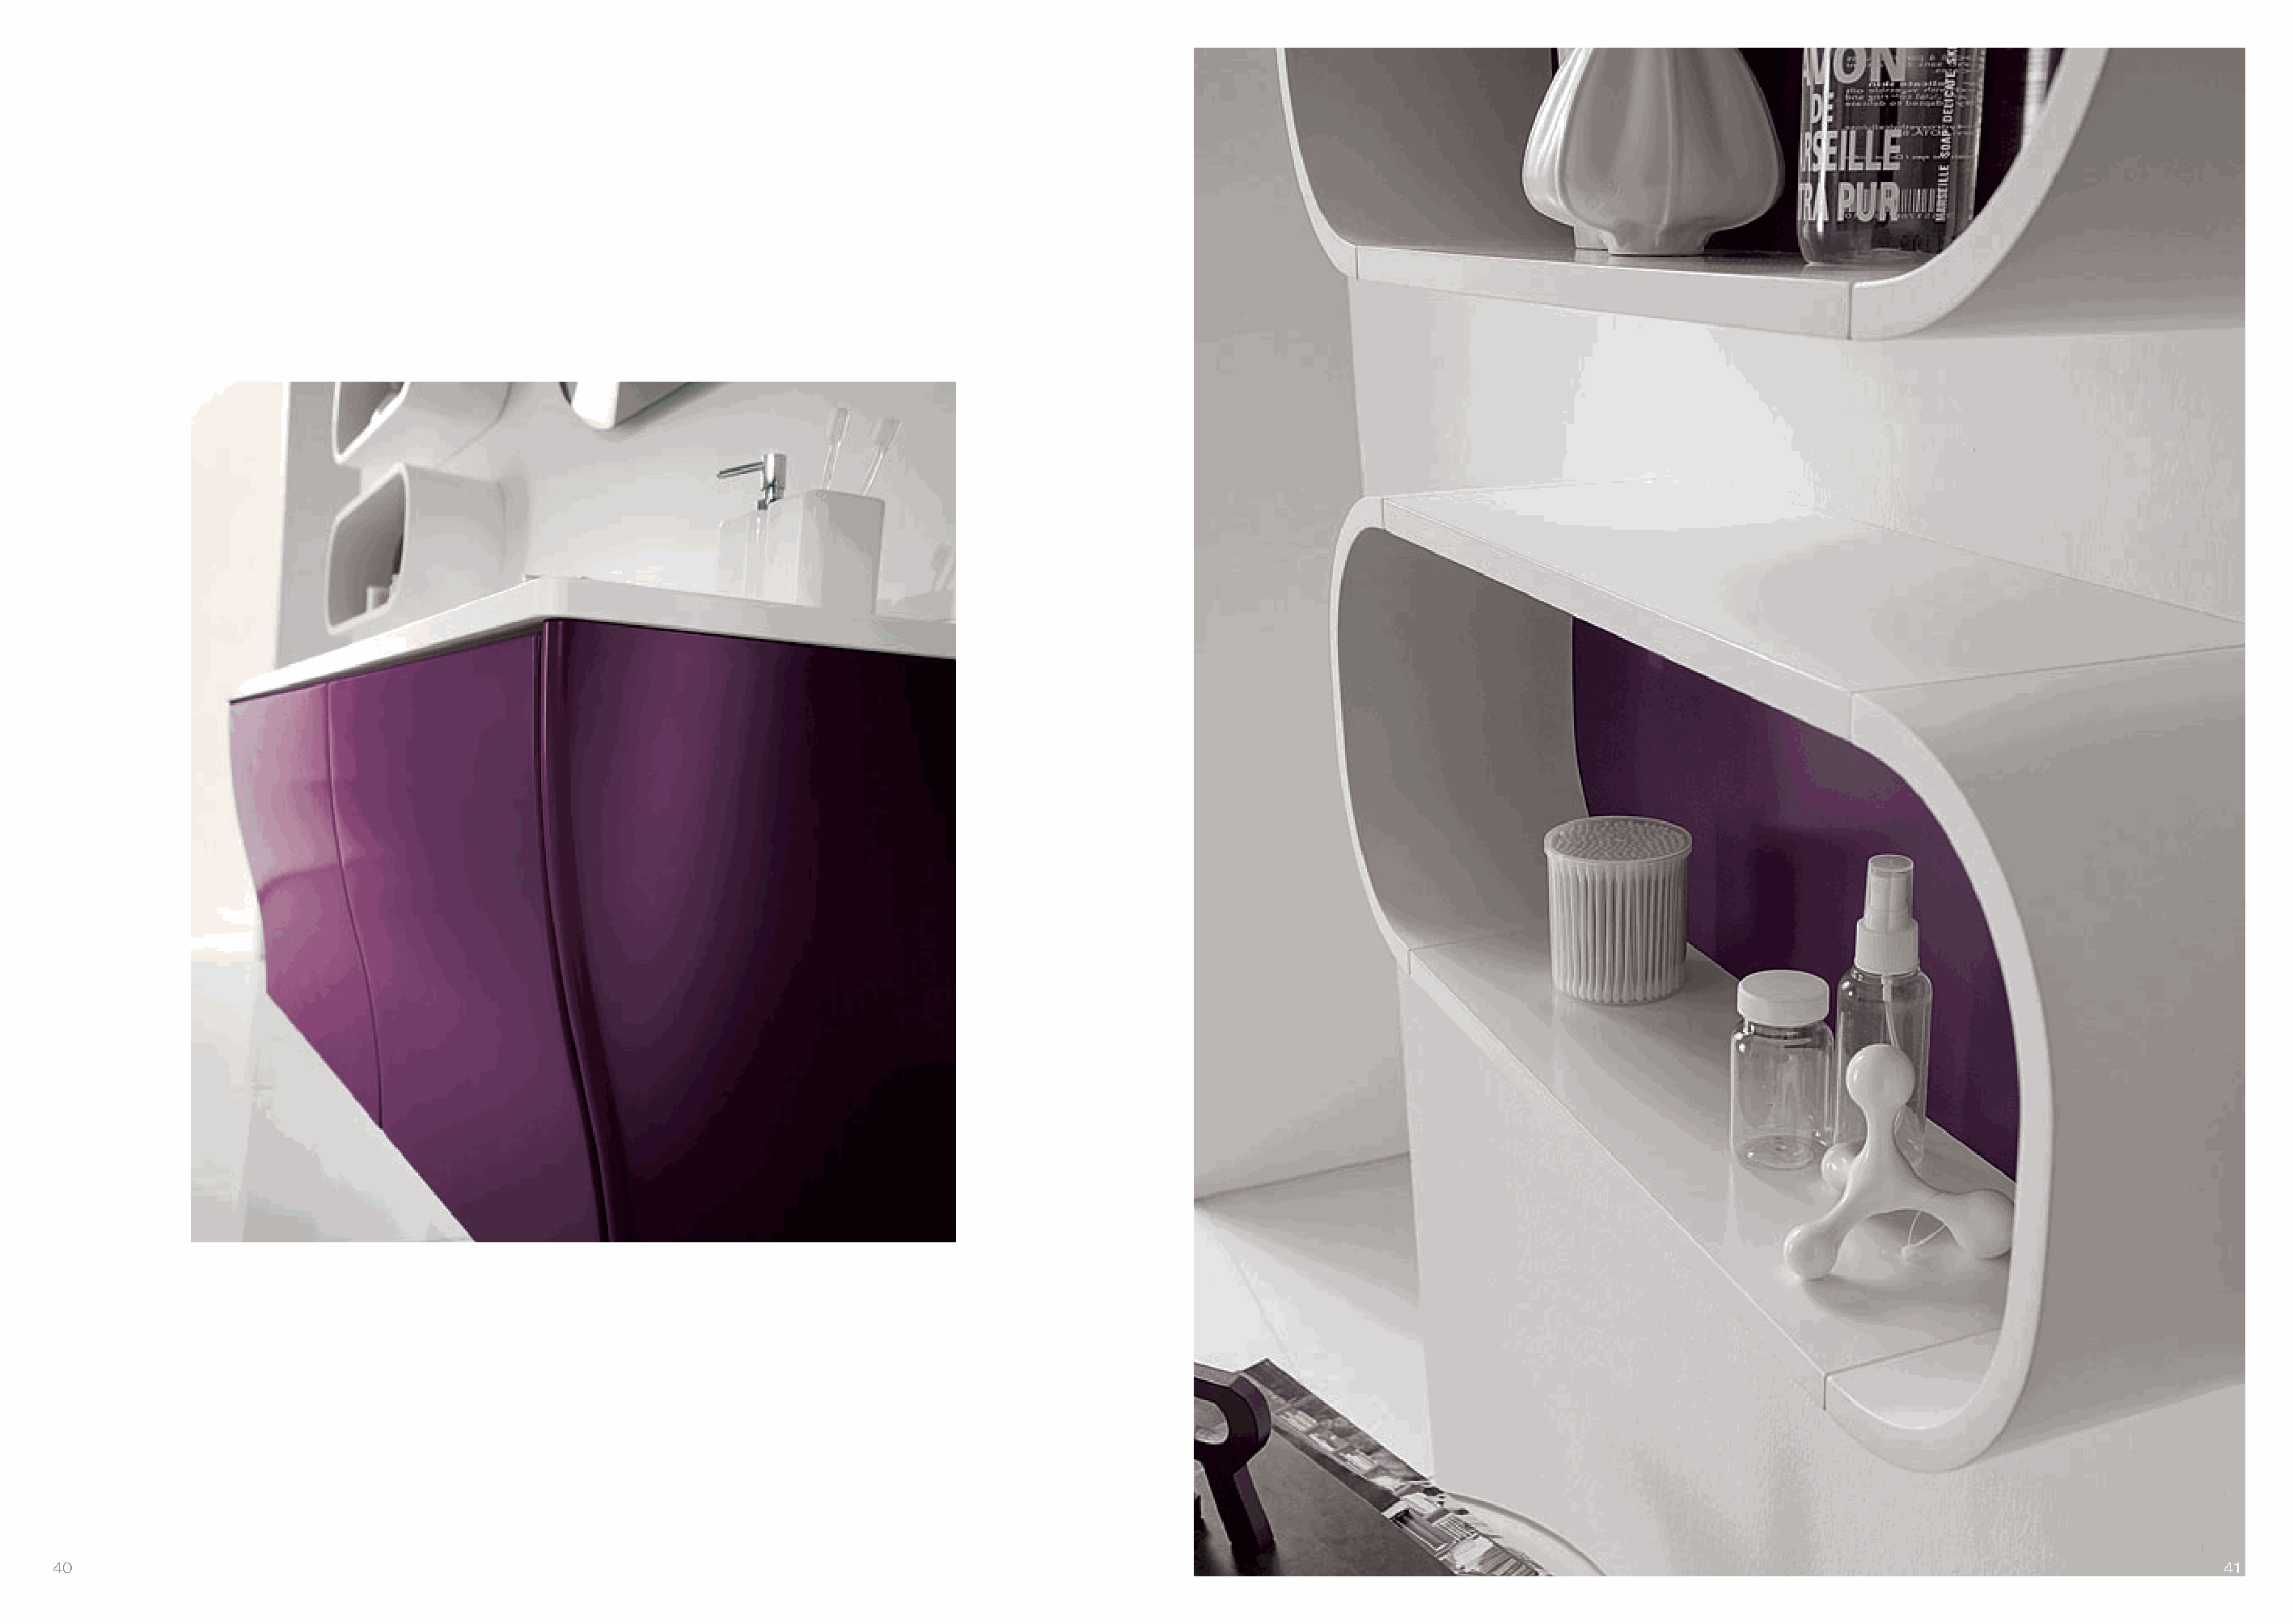
40                                                                                                                                                                                41